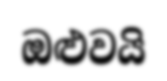
ඔළුවයි